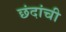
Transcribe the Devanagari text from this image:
छंदांची